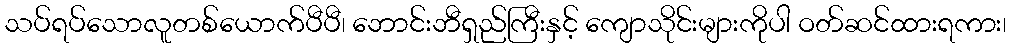
သပ်ရပ်သောလူတစ်ယောက်ပီပီ၊ ဘောင်းဘီရှည်ကြီးနှင့် ကျောသိုင်းများကိုပါ ဝတ်ဆင်ထားရကား၊